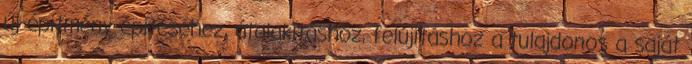
új építmény építéséhez, átalakításhoz, felújításhoz a tulajdonos a saját